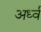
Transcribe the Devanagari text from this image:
अर्ध्व